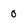
Character: 0